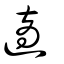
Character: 適